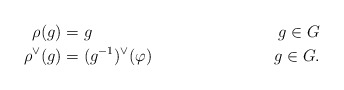
\begin{align*}\rho(g)&=g & g \in G \\\rho^{\vee}(g)&= (g^{-1})^{\vee}(\varphi)& g \in G.\end{align*}